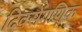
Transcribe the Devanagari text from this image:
दिवसेंगणिक